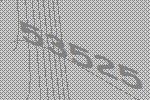
53525